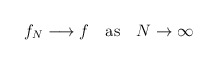
\begin{align*}f_N \longrightarrow f \quad {\rm as} \quad N \rightarrow \infty\end{align*}